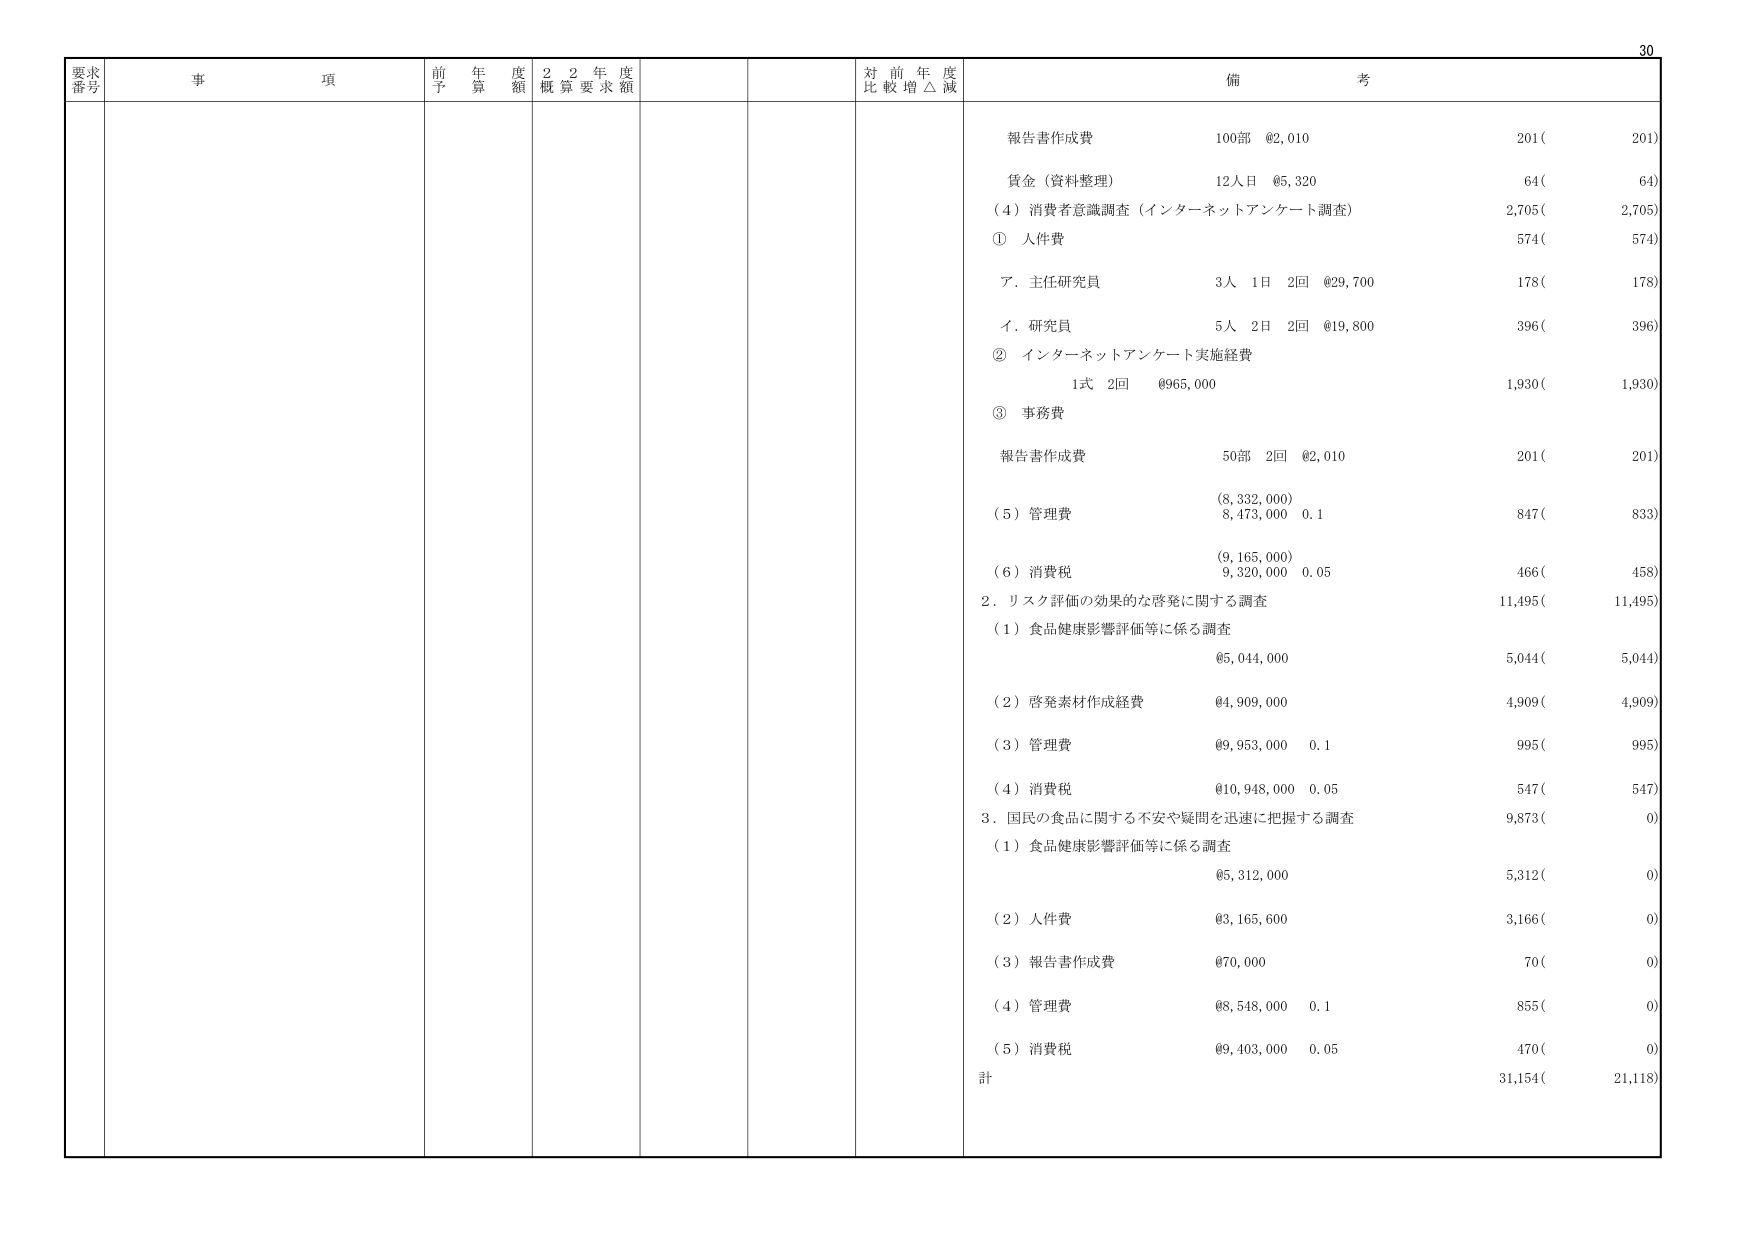
要求番号 事項 前年度予算額 22年度概算要求額 対前年度比較増△減 備考
報告書作成費 100部 ¥2,010 201( 201)
賃金（資料整理） 12人日 ¥5,320 64( 64)
（4）消費者意識調査（インターネットアンケート調査） 2,705( 2,705)
① 人件費 574( 574)
ア．主任研究員 3人 1日 2回 ¥29,700 178( 178)
イ．研究員 5人 2日 2回 ¥19,800 396( 396)
② インターネットアンケート実施経費
1式 2回 ¥965,000 1,930( 1,930)
③ 事務費
報告書作成費 50部 2回 ¥2,010 201( 201)
（5）管理費 (8,332,000) 8,473,000 0.1 847( 833)
（6）消費税 (9,165,000) 9,320,000 0.05 466( 458)
2．リスク評価の効果的な啓発に関する調査 11,495( 11,495)
（1）食品健康影響評価等に係る調査
¥5,044,000 5,044( 5,044)
（2）啓発素材作成経費 ¥4,909,000 4,909( 4,909)
（3）管理費 ¥9,953,000 0.1 995( 995)
（4）消費税 ¥10,948,000 0.05 547( 547)
3．国民の食品に関する不安や疑問を迅速に把握する調査 9,873( 0)
（1）食品健康影響評価等に係る調査
¥5,312,000 5,312( 0)
（2）人件費 ¥3,165,600 3,166( 0)
（3）報告書作成費 ¥70,000 70( 0)
（4）管理費 ¥8,548,000 0.1 855( 0)
（5）消費税 ¥9,403,000 0.05 470( 0)
計 31,154( 21,118)